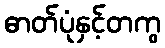
ဓာတ်ပုံနှင့်တကွ